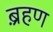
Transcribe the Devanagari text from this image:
ब़्रहण